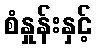
စံနှုန်းနှင့်